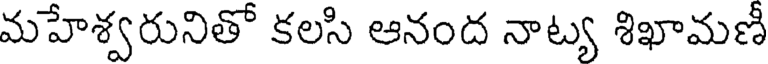
మహేశ్వరునితో కలసి ఆనంద నాట్య శిఖామణీ